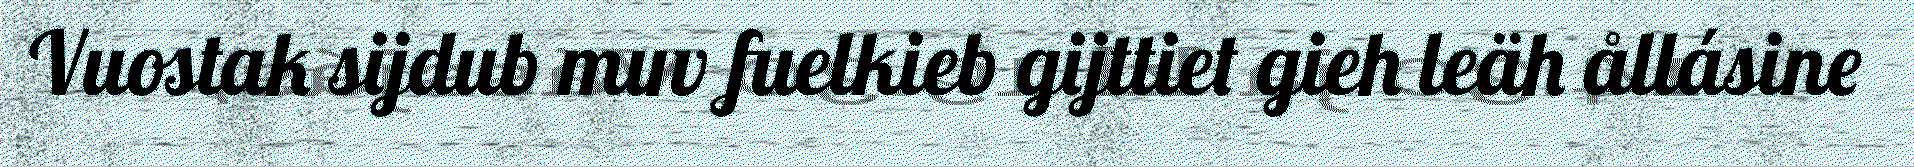
Vuostak sijdub muv fuelkieb gijttiet gieh leäh ållásine